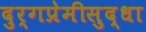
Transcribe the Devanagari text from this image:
दुर्गप्रेमीसुद्धा